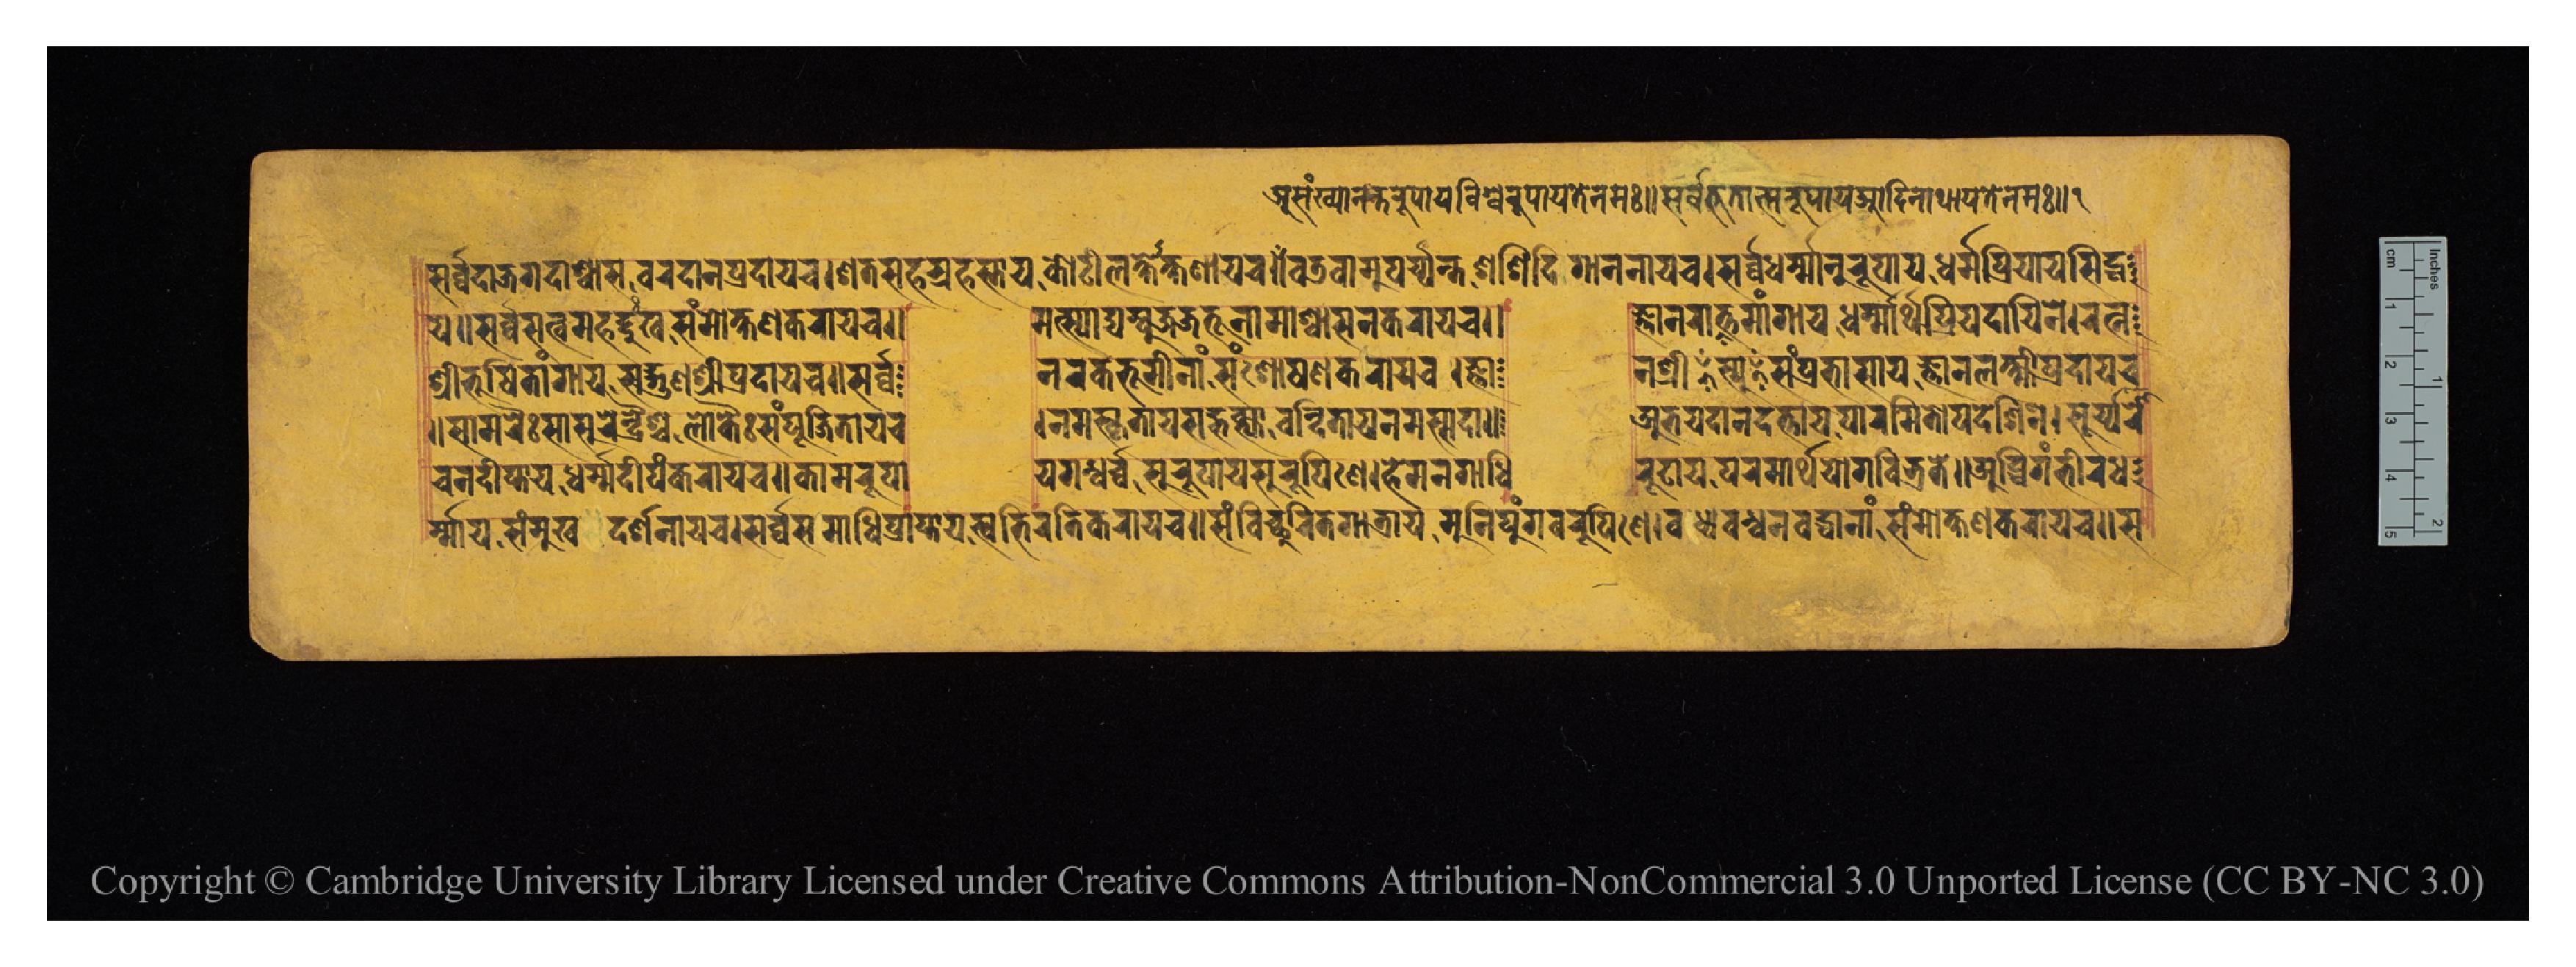
𑐀𑐳𑑄𑐏𑑂𑐫𑐵𑐣𑐣𑑂𑐟𑐬𑐸𑐥𑐵𑐫𑐰𑐶𑐱𑑂𑐰𑐬𑐸𑐥𑐵𑐫𑐟𑐾𑐣𑐩𑑅𑑌𑐳𑐬𑑂𑐰𑑂𑐰𑐨𑐹𑐟𑐵𑐟𑑂𑐩𑐬𑐸𑐥𑐵𑐫𑐁𑐡𑐶𑐣𑐵𑐠𑐵𑐫𑐟𑐾𑐣𑐩𑑅𑑌𑑑 𑐳𑐬𑑂𑐰𑑂𑐰𑐡𑐵𑐖𑐐𑐡𑐵𑐱𑑂𑐰𑐵𑐳𑐰𑐬𑐡𑐵𑐣𑐥𑑂𑐬𑐡𑐵𑐫𑐔𑑋𑐱𑐟𑐳𑐴𑐳𑑂𑐟𑑂𑐬𑐴𑐳𑑂𑐟𑐵𑐫𑐎𑑀𑐚𑐷𑐮𑐎𑑂𑐲𑐞𑐵𑐫𑐔𑑌𑐰𑐜𑐰𑐵𑐩𑐸𑐏𑐥𑐬𑑂𑐫𑐣𑑂𑐟𑐱𑐱𑐶𑐡𑐶𑐐𑐵𑐣𑐣𑐵𑐫𑐔𑑋𑐳𑐬𑑂𑐰𑑂𑐰𑐢𑐬𑑂𑐩𑐵𑐣𑐸𑐬𑐸𑐥𑐵𑐫𑐢𑐬𑑂𑐩𑑂𑐩𑐥𑑂𑐬𑐶𑐫𑐵𑐫𑐳𑐶𑐡𑑂𑐢 𑐫𑐾𑑌𑐳𑐬𑑂𑐰𑑂𑐰𑐳𑐟𑑂𑐰𑐩𑐴𑐡𑐸𑑅𑐏𑐳𑑄𑐩𑑀𑐎𑑂𑐲𑐞𑐎𑐬𑐵𑐫𑐔𑑌  𑐩𑐟𑑂𑐳𑑂𑐫𑐵𑐡𑑂𑐫𑐩𑑂𑐧𑐸𑐖𑐖𑐣𑑂𑐟𑐹𑐣𑐵𑐩𑐵𑐱𑑂𑐰𑐵𑐳𑐣𑐎𑐬𑐵𑐫𑐔𑑌  𑐖𑑂𑐘𑐵𑐣𑐬𑐵𑐱𑑂𑐫𑐸𑐟𑑂𑐟𑐩𑐵𑑄𑐐𑐵𑐫𑐢𑐬𑑂𑐩𑐵𑐬𑑂𑐠𑐥𑑂𑐬𑐶𑐫𑐡𑐵𑐫𑐾𑐣𑐾𑑋𑐬𑐟𑑂𑐣 𑐱𑑂𑐬𑐷𑐨𑐹𑐲𑐶𑐟𑐵𑑄𑐐𑐵𑐫𑐳𑐡𑑂𑐐𑐸𑐞𑐱𑑂𑐬𑐷𑐥𑑂𑐬𑐡𑐵𑐫𑐔𑑌𑐳𑐬𑑂𑐰𑑂𑐰  𑐣𑐬𑐎𑐨𑐹𑐩𑐷𑐣𑐵𑑄𑐳𑑄𑐱𑑀𑐲𑐞𑐎𑐬𑐵𑐫𑐔𑑋𑐖𑑂𑐘𑐵  𑐣𑐱𑑂𑐬𑐷𑐳𑑄𑐥𑑂𑐬𑐨𑐵𑐳𑐵𑐫𑐖𑑂𑐘𑐵𑐣𑐮𑐎𑑂𑐲𑑂𑐩𑐷𑐥𑑂𑐬𑐡𑐵𑐫𑐔 𑑌𑐳𑐵𑐩𑐬𑐿𑑅𑐳𑐵𑐳𑐸𑐬𑐾𑐣𑑂𑐡𑑂𑐬𑐿𑐱𑑂𑐔𑐮𑑀𑐎𑐿𑑅𑐳𑑄𑐥𑐹𑐖𑐶𑐟𑐵𑐫𑐔  𑑋𑐣𑐩𑐳𑑂𑐎𑐺𑐟𑐵𑐫𑐳𑐨𑐎𑑂𑐟𑑂𑐫𑐵𑐰𑐣𑑂𑐡𑐶𑐟𑐵𑐫𑐣𑐩𑐳𑑂𑐳𑐡𑐵𑑌  𑐀𑐨𑐫𑐡𑐵𑐣𑐡𑐟𑑂𑐟𑐵𑐫𑐥𑐵𑐬𑐩𑐶𑐟𑑀𑐥𑐡𑐾𑐱𑐶𑐣𑐾𑑌𑐳𑐹𑐬𑑂𑐫𑐬𑑀 𑐬𑑂𑐩𑐵𑐫𑐳𑑄𑐩𑐸𑐏𑐡𑐬𑑂𑐱𑐣𑐵𑐫𑐔𑑋𑐳𑐬𑑂𑐰𑑂𑐰𑐳𑐩𑐵𑐢𑐶𑐥𑑂𑐬𑐵𑐥𑑂𑐟𑐵𑐫𑐳𑑂𑐰𑐨𑐶𑐬𑐟𑐶𑐎𑐬𑐵𑐫𑐔𑑌𑐳𑑄𑐰𑐶𑐔𑑂𑐕𑐸𑐬𑐶𑐟𑐐𑐵𑐟𑑂𑐬𑐵𑐫𑐩𑐸𑐣𑐶𑐥𑐸𑑄𑐐𑐰𑐬𑐸𑐥𑐶𑐞𑐾𑑋𑐰𑐢𑑂𑐫𑐧𑐣𑑂𑐢𑐣𑐧𑐡𑑂𑐢𑐵𑐣𑐵𑑄𑐳𑑄𑐩𑑀𑐎𑑂𑐲𑐞𑐎𑐬𑐵𑐫𑐔𑑌𑐳 𑐔𑐣𑐡𑐷𑐥𑑂𑐟𑐵𑐫𑐢𑐬𑑂𑐩𑑂𑐩𑐡𑐷𑐥𑑄𑐎𑐬𑐵𑐫𑐔𑑌𑐎𑐵𑐩𑐬𑐸𑐥𑐵       𑐫𑐐𑐣𑑂𑐢𑐬𑑂𑐰𑑂𑐰𑐳𑐸𑐬𑐸𑐥𑐵𑐫𑐳𑐸𑐬𑐸𑐥𑐶𑐞𑐾𑑋𑐴𑐾𑐩𑐣𑐐𑐵𑐢𑐶  𑐬𑐸𑐝𑐵𑐫𑐥𑐬𑐩𑐵𑐬𑑂𑐠𑐫𑑀𑐐𑑄𑐧𑐶𑐨𑑂𑐬𑐟𑐾𑑌𑐀𑐧𑑂𑐢𑐶𑐐𑐩𑑂𑐨𑐷𑐬𑐢